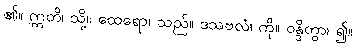
၏။ ဣတိ၊ သို့။ ထေရော၊ သည်။ ဒသဗလံ၊ ကို။ ဝန္ဒိတွာ၊ ၍။